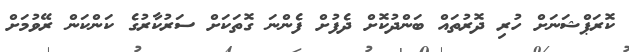
ކޮރަޕްޝަނަށް ހުރި ދޮރުތައް ބަންދުކޮށް ދެފުށް ފެންނަ ގޮތަކަށް ސަރުކާރުގެ ކަންކަން ރޭވުމަށް